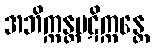
အဘိက္ကန္တပဋိက္ကန္တေ